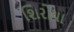
શિરોયા